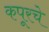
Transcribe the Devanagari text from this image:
कपूरचे